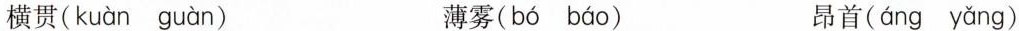
横贯( kuàn guàn ) 薄雾( bó báo ) 昂首(áng yǎng）